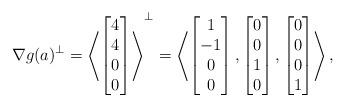
LaTeX: \begin{align*} \nabla g(a)^\perp = \left\langle\begin{bmatrix} 4\\ 4\\ 0\\ 0 \end{bmatrix}\right\rangle^\perp= \left\langle \begin{bmatrix} 1\\ -1\\ 0 \\ 0\end{bmatrix}, \begin{bmatrix} 0 \\ 0\\ 1\\ 0\end{bmatrix}, \begin{bmatrix} 0\\ 0\\ 0\\ 1\end{bmatrix}\right\rangle,\end{align*}